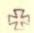
+